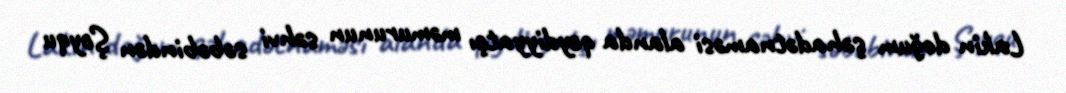
Lakin doğum şəhadətnaməsi alanda qeydiyyatçı məmurunun səhvi səbəbindən Şoyqu